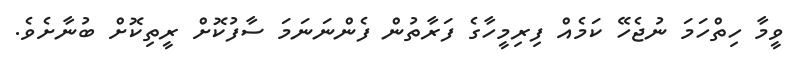
ވީމާ ހިތްހަމަ ނުޖެހޭ ކަމެއް ފިރިމީހާގެ ފަރާތުން ފެންނަނަމަ ސާފުކޮށް ރީތިކޮށް ބުނާށެވެ.